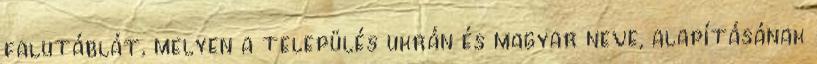
falutáblát, melyen a település ukrán és magyar neve, alapításának